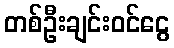
တစ်ဦးချင်းဝင်ငွေ